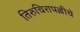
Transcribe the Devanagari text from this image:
तिरुचिरापल्लीचे